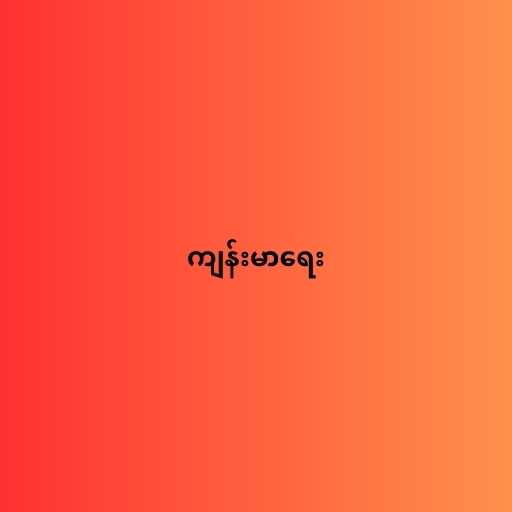
ကျန်းမာရေး